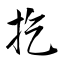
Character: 扢